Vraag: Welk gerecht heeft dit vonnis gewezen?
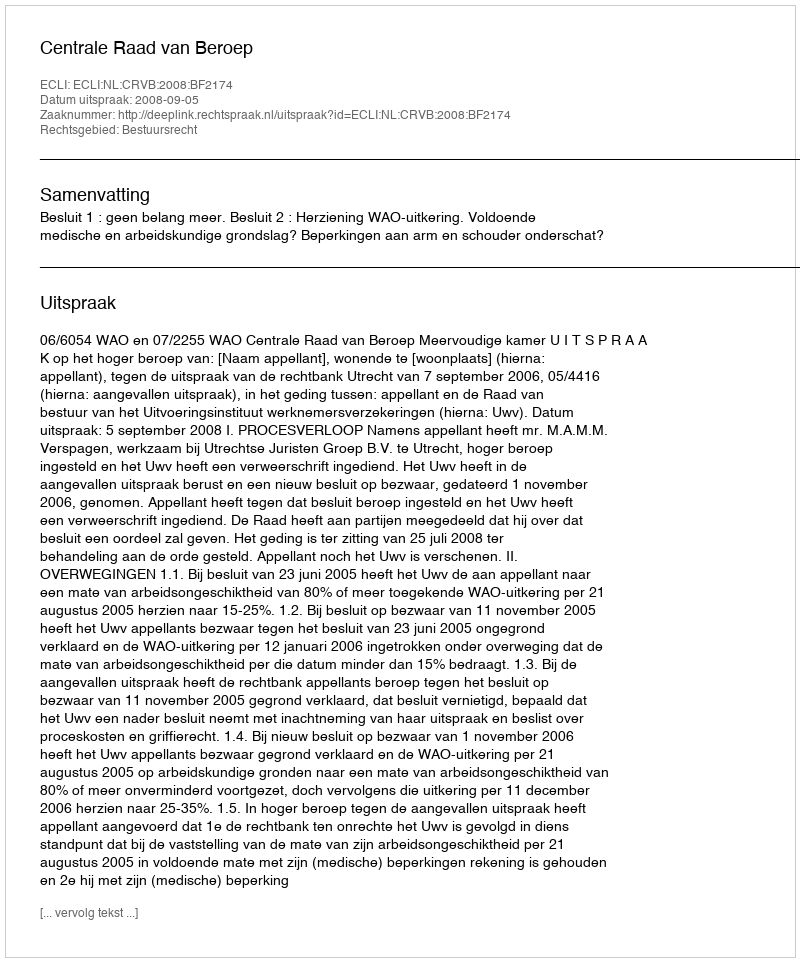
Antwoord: Centrale Raad van Beroep